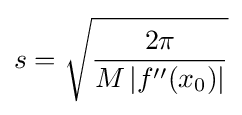
s={\sqrt {\frac {2\pi }{M\left|f''(x_{0})\right|}}}